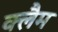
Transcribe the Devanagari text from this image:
क्लैम